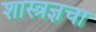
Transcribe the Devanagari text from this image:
शास्त्रज्ञचा